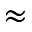
\approx